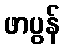
ဖာပွန်